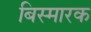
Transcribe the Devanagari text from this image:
बिस्मारक